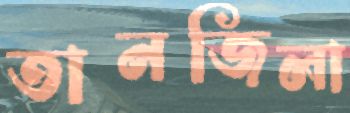
তানজিলা